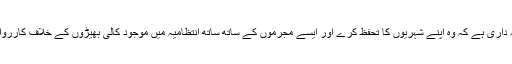
چیئرمین این سی ایچ آر کا کہنا تھا کہ ’ حقائق کچھ بھی ہوں لیکن یہ ریاست کی ذمہ داری ہے کہ وہ اپنے شہریوں کا تحفظ کرے اور ایسے مجرموں کے ساتھ ساتھ انتظامیہ میں موجود کالی بھیڑوں کے خلاف کارروائی کریں جو پاکستان کے قابل احترام اور معزز اداروں کے نام خراب کررہے ہیں‘۔